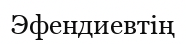
Эфендиевтің